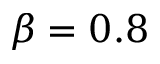
\beta = 0 . 8